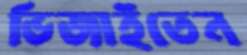
ভিজাইতেন